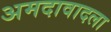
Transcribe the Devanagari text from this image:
अमदावादला